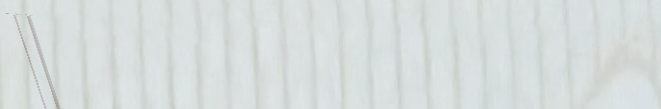
بيع وتوزيع منتجات التجميل